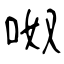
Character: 呶